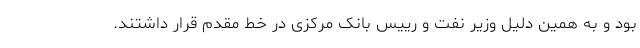
بود و به همین دلیل وزیر نفت و رییس بانک مرکزی در خط مقدم قرار داشتند.